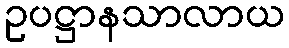
ဥပဋ္ဌာနသာလာယ